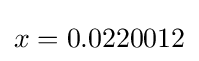
x=0.0220012